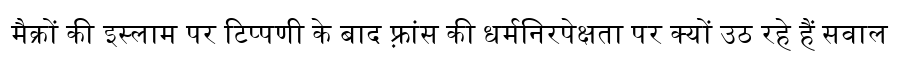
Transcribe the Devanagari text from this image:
मैक्रों की इस्लाम पर टिप्पणी के बाद फ़्रांस की धर्मनिरपेक्षता पर क्यों उठ रहे हैं सवाल